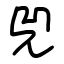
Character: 兕